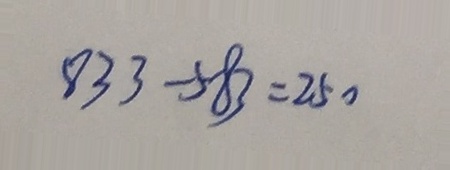
8 3 3 - 5 8 3 = 2 5 0